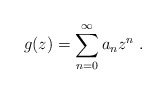
\begin{align*}g(z) = \sum_{n=0}^{\infty}a_n z^n\ .\end{align*}